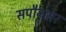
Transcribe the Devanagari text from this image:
सपौनसर